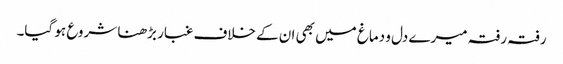
رفتہ رفتہ میرے دل و دماغ میں بھی ان کے خلاف غبار بڑھنا شروع ہو گیا۔